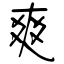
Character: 爽